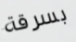
بسرقة